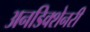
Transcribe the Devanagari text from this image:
अनडिक्शेनरी